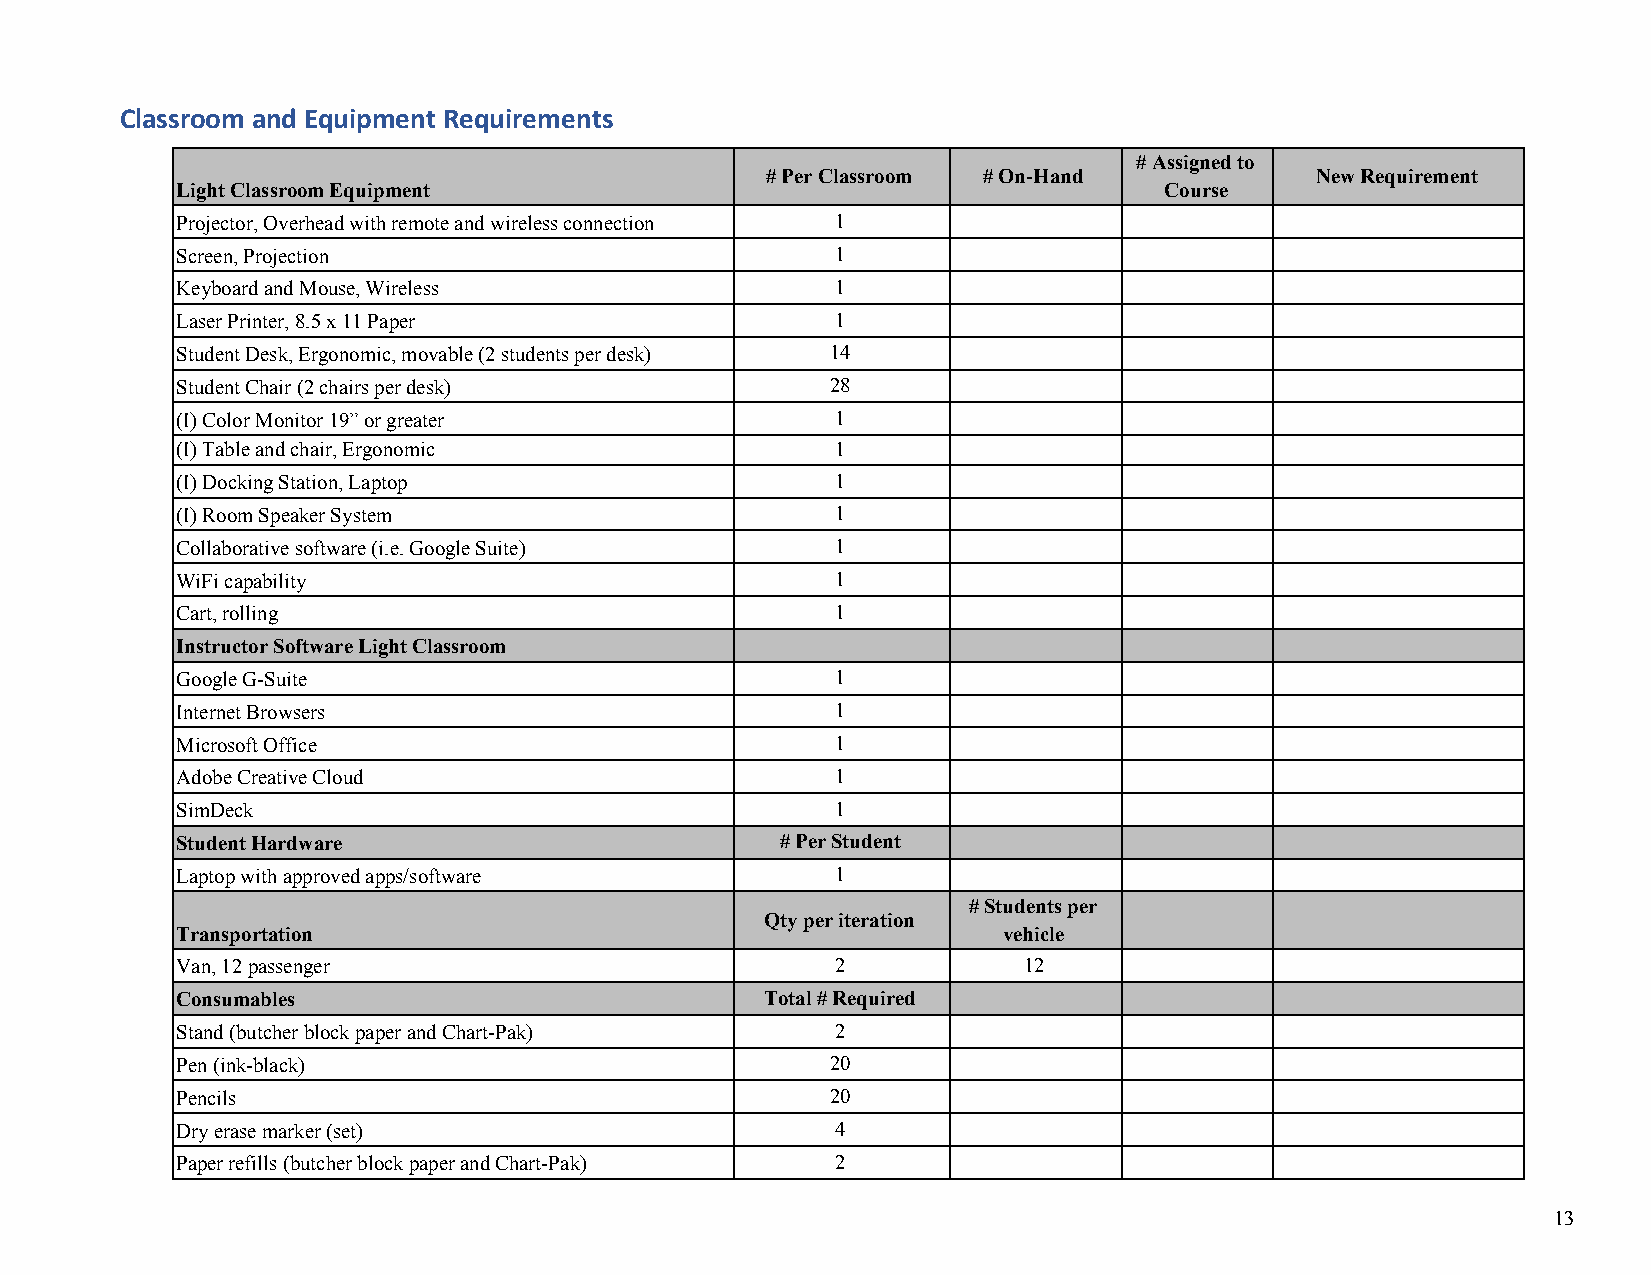
Classroom and Equipment Requirements
 # Assigned to
 # Per Classroom # On-Hand           New Requirement
 Light Classroom Equipment                                        Course
 Projector, Overhead with remote and wireless connection 1
 Screen, Projection                         1
 Keyboard and Mouse, Wireless               1
 Laser Printer, 8.5 x 11 Paper              1
 Student Desk, Ergonomic, movable (2 students per desk) 14
 Student Chair (2 chairs per desk)          28
 (I) Color Monitor 19” or greater           1
 (I) Table and chair, Ergonomic             1
 (I) Docking Station, Laptop                1
 (I) Room Speaker System                    1
 Collaborative software (i.e. Google Suite) 1
 WiFi capability                            1
 Cart, rolling                              1
 Instructor Software Light Classroom
 Google G-Suite                             1
 Internet Browsers                          1
 Microsoft Office                           1
 Adobe Creative Cloud                       1
 SimDeck                                    1
 Student Hardware                        # Per Student
 Laptop with approved apps/software         1
 # Students per
 Qty per iteration
 Transportation                                        vehicle
 Van, 12 passenger                          2            12
 Consumables                            Total # Required
 Stand (butcher block paper and Chart-Pak)  2
 Pen (ink-black)                            20
 Pencils                                    20
 Dry erase marker (set)                     4
 Paper refills (butcher block paper and Chart-Pak) 2
 13